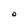
Character: O